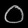
Digit: ၀